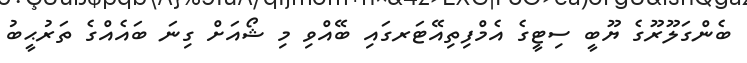
ބެންގަލޫރޫގެ ޔޫބީ ސިޓީގެ އެމްފިތިއޭޓަރގައި ބޭއްވި މި ޝޯއަށް ގިނަ ބައެއްގެ ތަރުޙީބު